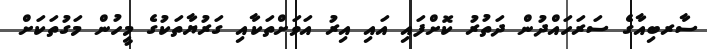
ސާރބިއާގެ ސަރަހައްދުން ދަތުރު ކޮށްފައި އައި އިރު އަވަށްތަކާއި ގަރުޔާތަކުގެ މީހުން މަގުތަކަށް